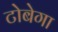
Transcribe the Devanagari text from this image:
टोबेगा